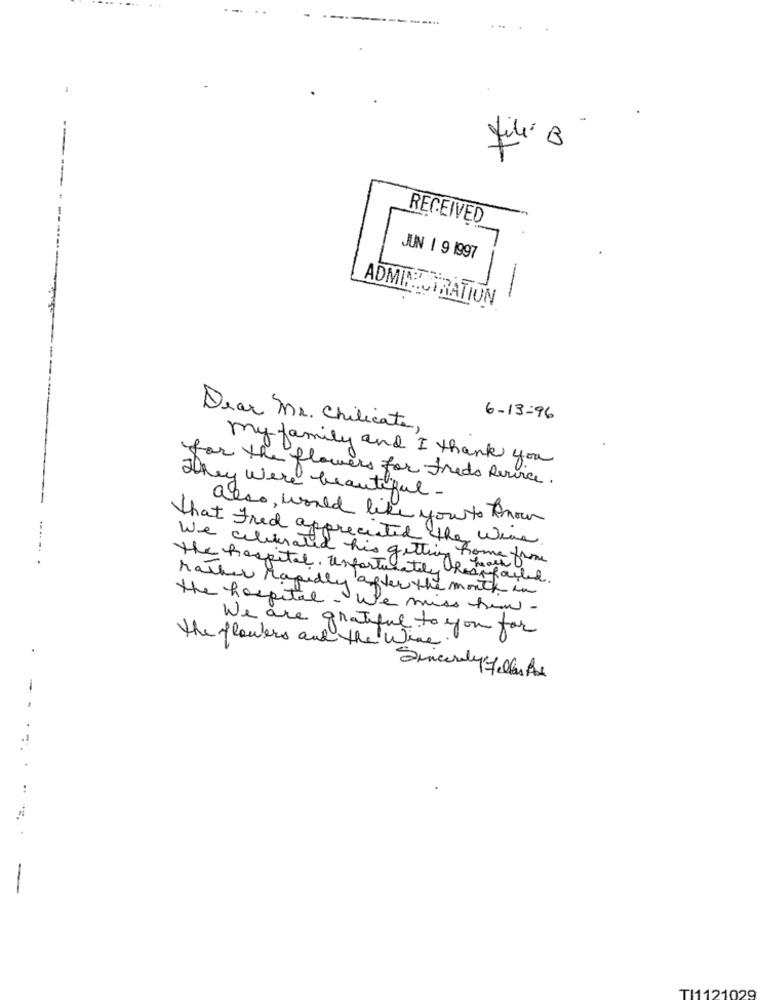
:
3
RECEIVED
JUN 1 9 1997
ADMINISTRATION
6-13-96
Dear Mr. Chilicate,
my family and I thank you
for the flowers for Freds Service.
They were beautiful -
also, would like you to know
that Fred appreciated the wire.
We celebrated his getting home from
the hospital. unfortunately Restfailed.
rather rapidly after the month in
the hospital . We miss fran -
We are grateful to your for
the flowers and the where
Sincerely Fellas Bas
-
..
TI1121029